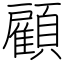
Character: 顧